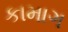
કામાગ